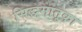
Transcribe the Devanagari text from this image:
सिद्धमातृका